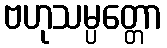
ဗဟုသမ္ပတ္တော